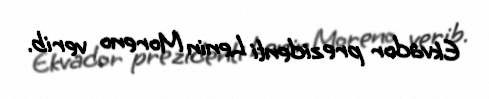
Ekvador prezidenti Lenin Moreno verib.